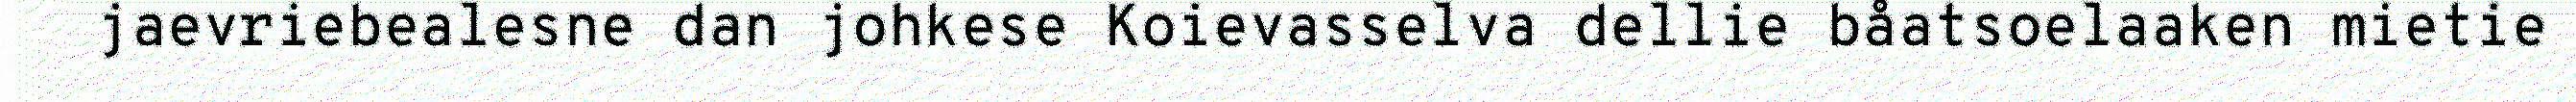
jaevriebealesne dan johkese Koievasselva dellie båatsoelaaken mietie